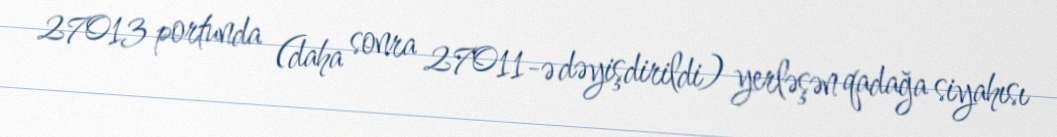
27013 portunda (daha sonra 27011-ə dəyişdirildi) yerləşən qadağa siyahısı